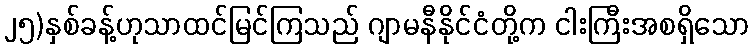
၂၅)နှစ်ခန့်ဟုသာထင်မြင်ကြသည် ဂျာမနီနိုင်ငံတို့က ငါးကြီးအစရှိသော